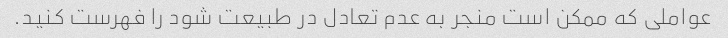
عواملی که ممکن است منجر به عدم تعادل در طبیعت شود را فهرست کنید.